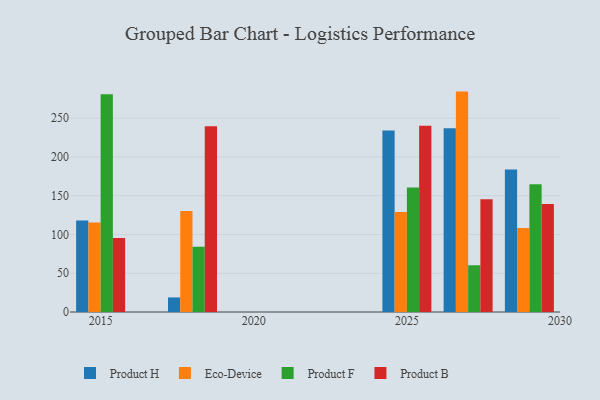
{"axis": {"x": "Year", "y": "Market Share (%)"}, "legend": ["Eco-Device", "Product B", "Product F", "Product H"], "data": [{"x": "2029", "y": 183.8, "type": "Product H"}, {"x": "2029", "y": 108.5, "type": "Eco-Device"}, {"x": "2029", "y": 164.9, "type": "Product F"}, {"x": "2029", "y": 139.2, "type": "Product B"}, {"x": "2027", "y": 237.1, "type": "Product H"}, {"x": "2027", "y": 284.3, "type": "Eco-Device"}, {"x": "2027", "y": 60.3, "type": "Product F"}, {"x": "2027", "y": 145.4, "type": "Product B"}, {"x": "2018", "y": 18.8, "type": "Product H"}, {"x": "2018", "y": 130.3, "type": "Eco-Device"}, {"x": "2018", "y": 84.1, "type": "Product F"}, {"x": "2018", "y": 239.7, "type": "Product B"}, {"x": "2025", "y": 234.2, "type": "Product H"}, {"x": "2025", "y": 129.1, "type": "Eco-Device"}, {"x": "2025", "y": 160.5, "type": "Product F"}, {"x": "2025", "y": 240.2, "type": "Product B"}, {"x": "2015", "y": 118.0, "type": "Product H"}, {"x": "2015", "y": 115.3, "type": "Eco-Device"}, {"x": "2015", "y": 280.9, "type": "Product F"}, {"x": "2015", "y": 95.5, "type": "Product B"}]}